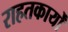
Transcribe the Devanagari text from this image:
राहतकार्यों